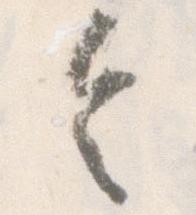
令